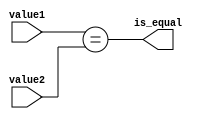
module comparator #(parameter VALUE_WIDTH = 3)(
    input [VALUE_WIDTH - 1:0] value1,
    input [VALUE_WIDTH - 1:0] value2,
    output reg is_equal
);

    assign is_equal = (value1 == value2);

endmodule